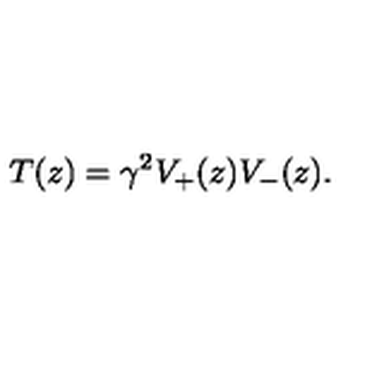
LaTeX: T ( z ) = \gamma ^ { 2 } V _ { + } ( z ) V _ { - } ( z ) .